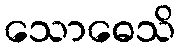
သောဓေသိ